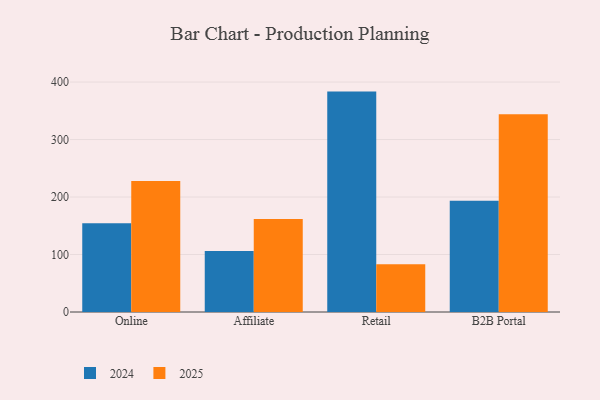
{"axis": {"x": "Channel", "y": "Latency (ms)"}, "legend": ["2024", "2025"], "data": [{"x": "Online", "y": 154.3, "type": "2024"}, {"x": "Online", "y": 227.9, "type": "2025"}, {"x": "Affiliate", "y": 106.3, "type": "2024"}, {"x": "Affiliate", "y": 161.7, "type": "2025"}, {"x": "Retail", "y": 383.4, "type": "2024"}, {"x": "Retail", "y": 83.1, "type": "2025"}, {"x": "B2B Portal", "y": 193.7, "type": "2024"}, {"x": "B2B Portal", "y": 344.0, "type": "2025"}]}